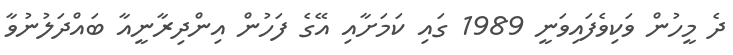
ދެ މީހުން ވަކިވެފައިވަނީ 1989 ގައި ކަމަށާއި އޭގެ ފަހުން އިންދިރާނީއާ ބައްދަލުނުވާ